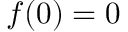
f ( 0 ) = 0